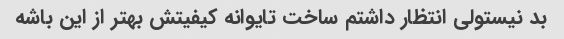
بد نیستولی انتظار داشتم ساخت تایوانه کیفیتش بهتر از این باشه